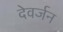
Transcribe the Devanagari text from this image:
देवर्जन